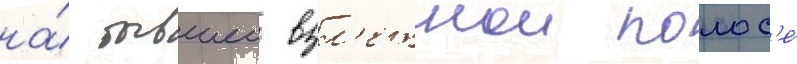
на́ бывшеи взл'етнои полос'е́